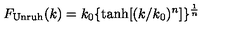
F _ { \mathrm { U n r u h } } ( k ) = k _ { 0 } \{ \tanh [ ( k / k _ { 0 } ) ^ { n } ] \} ^ { \frac { 1 } { n } }